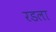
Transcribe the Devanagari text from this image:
रडला